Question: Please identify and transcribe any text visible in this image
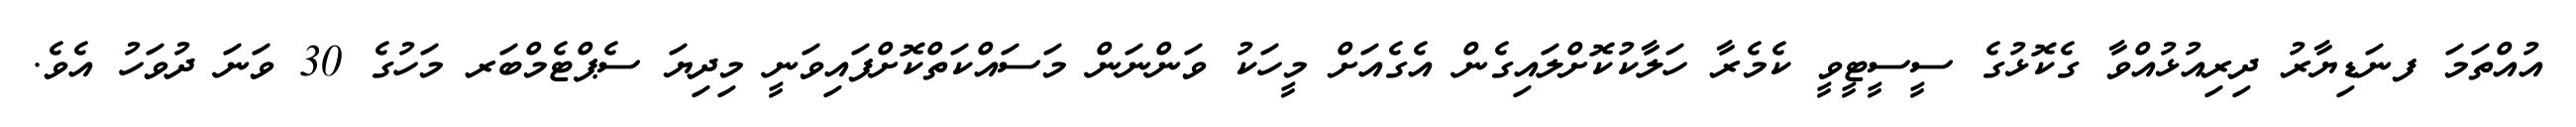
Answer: އުއްތަމަ ފނަޑިޔާރު ދިރިއުޅުއްވާ ގެކޮޅުގެ ސީސީޓީވީ ކެމެރާ ހަލާކުކޮށްލައިގެން އެގެއަށް މީހަކު ވަންނަން މަސައްކަތްކޮށްފައިވަނީ މިދިޔަ ސެޕްޓެމްބަރ މަހުގެ 30 ވަނަ ދުވަހު އެވެ.